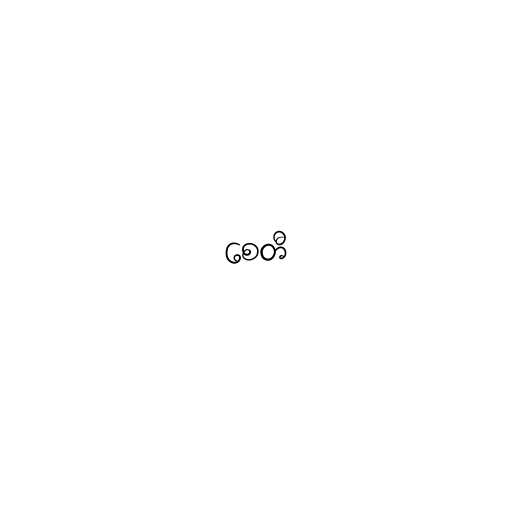
စေတီ